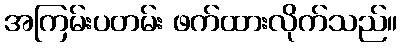
အကြမ်းပတမ်း ဖက်ထားလိုက်သည်။